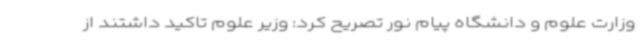
وزارت علوم و دانشگاه پیام نور تصریح کرد: وزیر علوم تاکید داشتند از